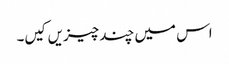
اس میں چند چیزیں کیں۔